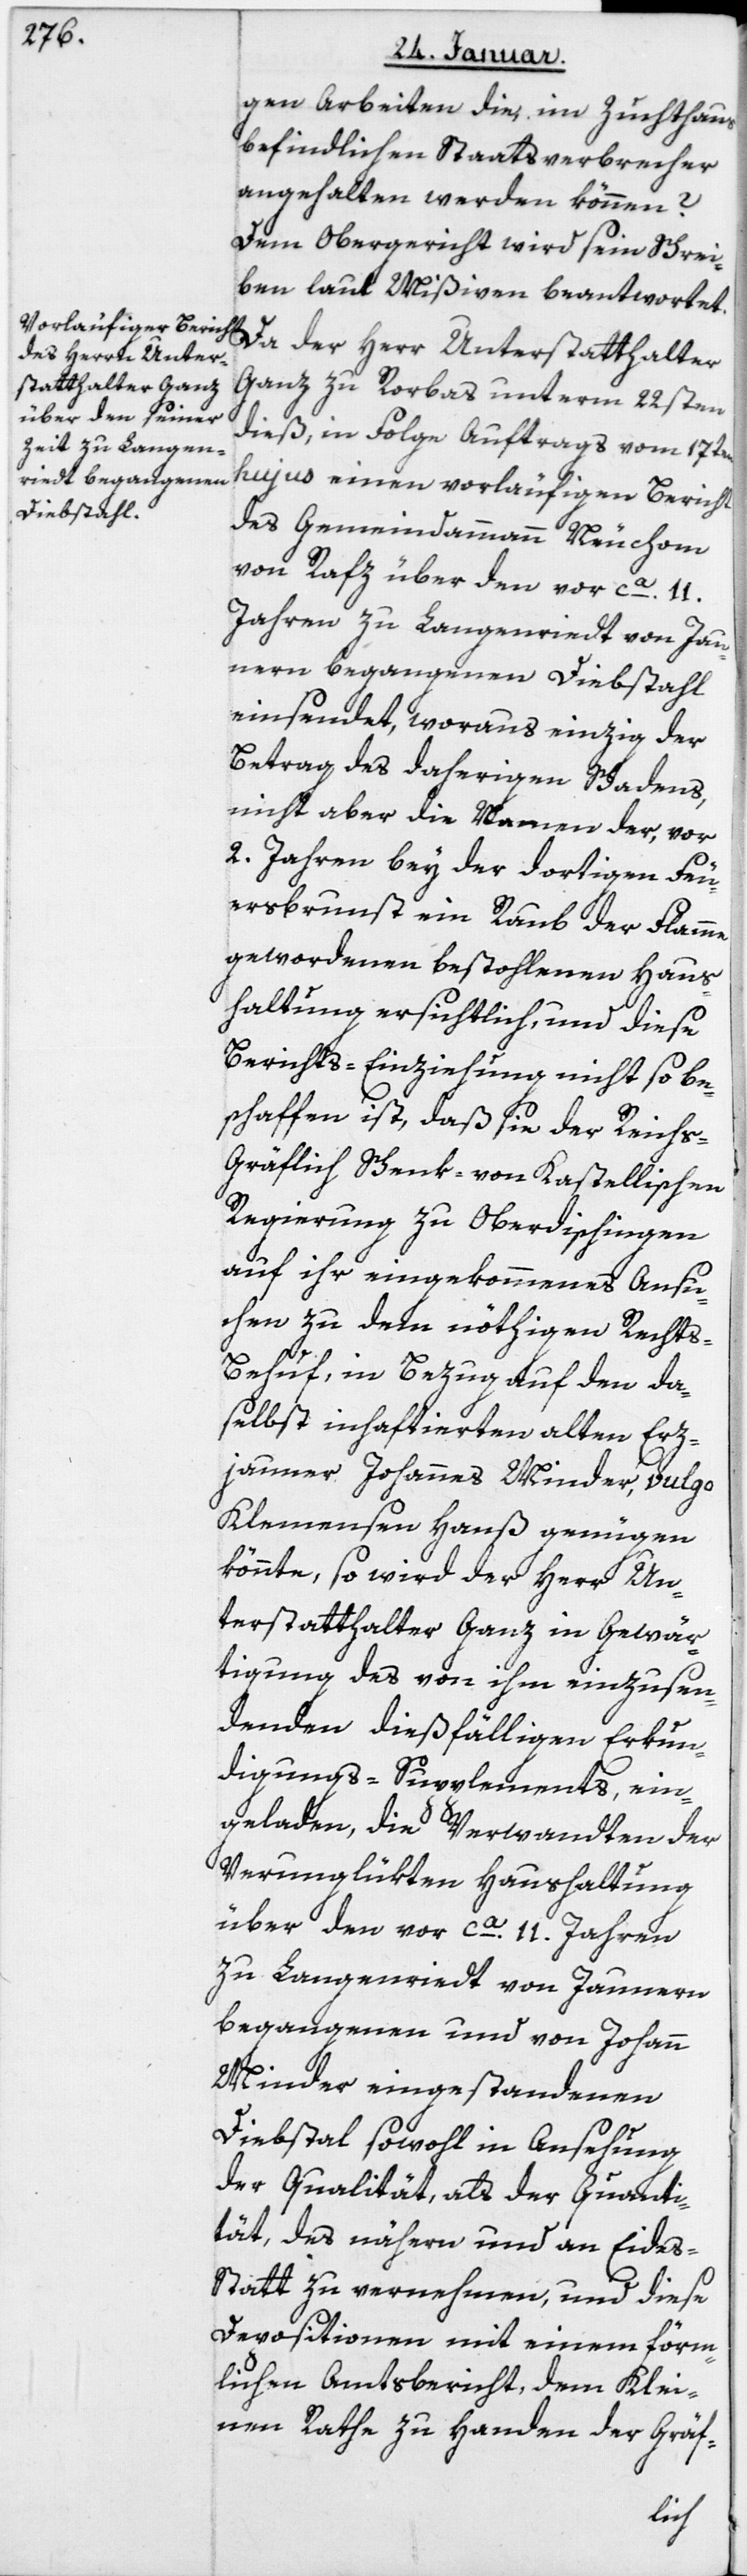
gen Arbeiten die im Zuchthaus
befindlichen Staatsverbrecher
angehalten werden können?
Dem Obergericht wird sein Schrei¬
ben laut Mißiven beantwortet.
Da der Herr Unterstatthalter
Ganz zu Rorbas unterm 22sten
dieß, in Folge Auftrags vom 17ten
hujus einen vorläufigen Bericht
des Gemeindammann Neuchom
von Rafz über den vor ca 11
Jahren zu Langenriedt von Jau¬
nern begangenen Diebstahl
einsendet, woraus einzig der
Betrag des daherigen Schadens,
nicht aber die Namen der, vor
2 Jahren bey der dortigen Feu¬
ersbrunst ein Raub der Flammen
gewordenen bestohlenen Haus¬
haltung ersichtlich, und diese
Berichts-Einziehung nicht so be¬
schaffen ist, daß sie der Reichs¬
gräflich Schenk- von Kastellischen
Regierung zu Oberdischingen
auf ihr eingekommenes Ansu¬
chen zu dem nöthigen Recht¬
s-Behuf in Bezug auf den da¬
selbst inhaftierten alten Erz¬
jauner Johannes Minder, vulgo
Klemensen Hanß genügen
könnte, so wird der Herr Un¬
terstatthalter Ganz in Gewär¬
tigung des von ihm einzusen¬
denden dießfälligen Erkun¬
digungs-Supplement, ein¬
geladen, die Verwandten der
verunglükten Haushaltung
über den vor ca 11 Jahren
zu Langenriedt von Jaunern
begangenen und von Johann
Minder eingestandenen
Diebstal sowohl in Ansehung
der Qualität als der Quanti¬
tät, des Nähern und an Eide¬
s-Statt zu vernehmen, und diese
Depositionen mit einem förm¬
lichen Amtsbericht, dem Klei¬
nen Rathe zu Handen der Gräf-